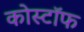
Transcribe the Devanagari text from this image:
कोस्टॉफ